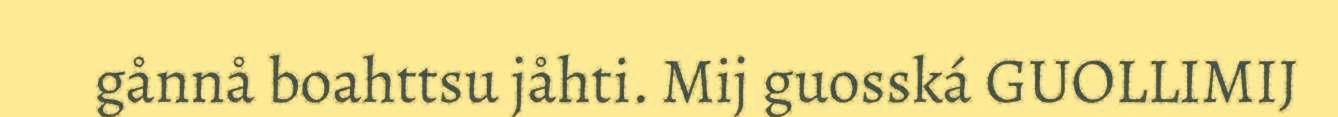
gånnå boahttsu jåhti. Mij guosská GUOLLIMIJ